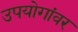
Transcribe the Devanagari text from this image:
उपयोगांवर